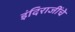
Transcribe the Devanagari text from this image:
इंदिराजींचे